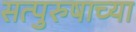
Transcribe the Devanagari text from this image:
सत्पुरुषाच्या